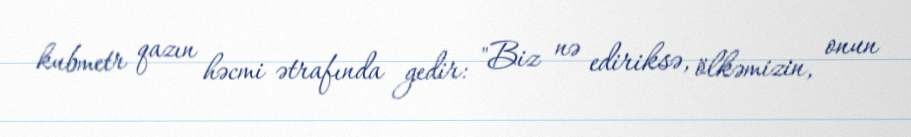
kubmetr qazın həcmi ətrafında gedir: "Biz nə ediriksə, ölkəmizin, onun